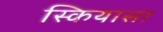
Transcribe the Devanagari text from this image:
स्कियासा